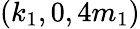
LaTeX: (k_{1},0,4m_{1})